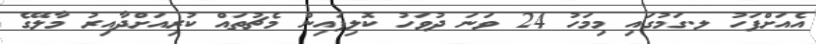
އެއަށްފަހު ލ.ގަމުގައި މިމަހު 24 ވަނަ ދުވަހު ކޮލިފައިން މެޗުތައް ކުރިއަށްދާއިރު މާލޭގެ